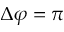
\Delta \varphi = \pi